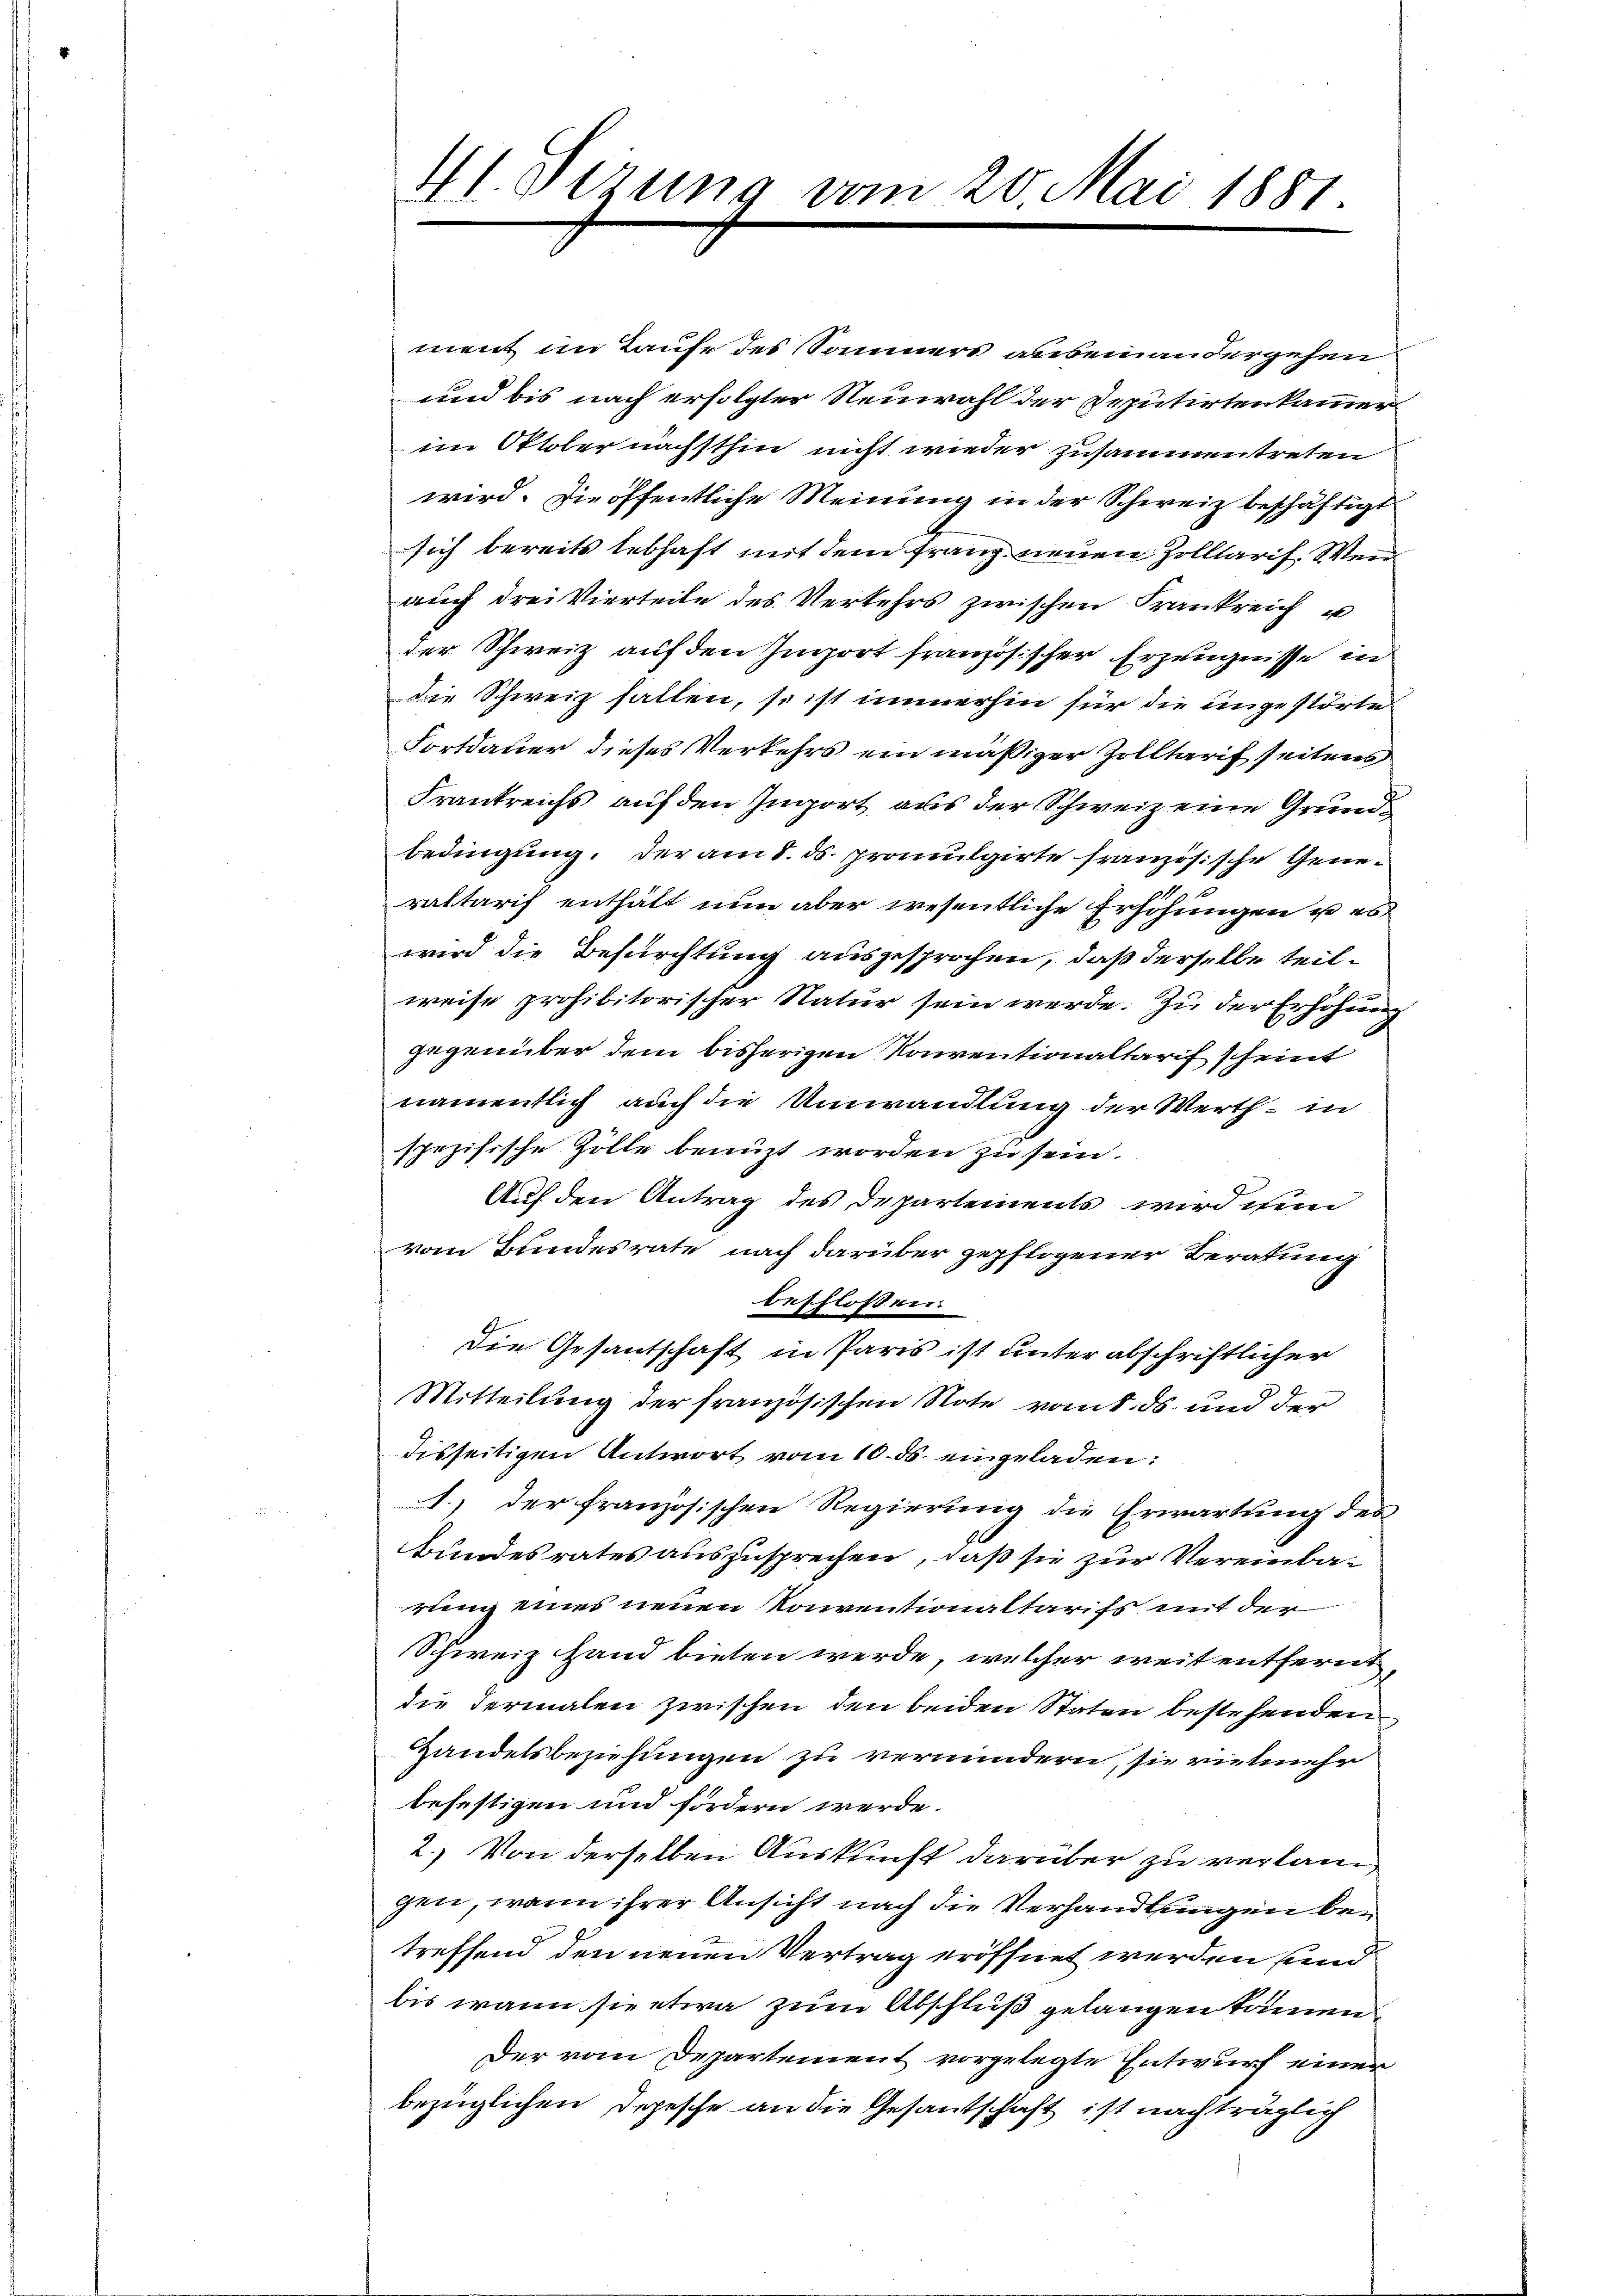
41. Derung vom 20. Mai 1881.

ment im Laufe des Sonners anbeinandergehen
und bis nach erfolgter Neuwahl der Deputirtenkammer
im Oktober nächsthin nicht wieder zusammentreten
wird. Die öffentliche Meinung in der Schweiz beschäftigt
sich bereits lebhaft mit dem franz neuen Zolltaris. Weiauch drei Vierteile des Verkehrs zwischen Frankreich u
der Schweiz auf den Import französischer Erzeugnisse in
die Schweiz fallen, so ist immerhin für die angestörte¬
Fortdauer dieses Verkehrs ein mäßiger Zolltarif seitens
Frankreichs auf den Import aus der Schweiz eine Grundbedingung, der am 8. ds. promulgirte französische Gene¬

rattarif enthält nun aber wesentliche Erhöhungen u es
wird die Befürchtung ausgesprochen, daß derselbe teilweise prohibitorischer Natur sein werde. Zu der Erhöhung
gegenüber dem bisherigen Konventionaltarif scheint
namentlich auch die Umwandlung der Werth in
spezifische Zölle benuzt worden zu sein.
Auf den Antrag des Departements wird is
vom Bundesrate nach darüber gepflogener Beratung
beschlossen:
Die Gesantschaft in Paris ist unter abschriftlicher
Mitteilung der französischen Note von 8. ds. und der
disseitigen Antwort vom 10. ds. eingeladen:
1.) Der französischen Regierung die Erwartung des
Bundesrates auszusprechen, daß sie zur Vereinba-
rung eines neuen Konventionaltarifs mit der
Schweiz Hand bieten werde, welcher weit entfernt,
die dermalen zwischen den beiden Staten bestehenden
Handelsbeziehungen zu vermindern, sie vielmehr
befestigen und fördern werde.
2.) Von derselben Auskunft darüber zu verlangen, wenn ihrer Ansicht nach die Verhandlungen betreffend den neuen Vertrag eröffnet werden sind
bis wann sie etwa zum Abschluß gelangen können
Der vom Departement vorgelegte Entwurf einen
bezüglichen Depesche an die Gesandschaft ist nachträglich